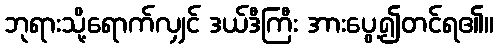
ဘုရားသို့ရောက်လျှင် ဒယ်ဒီကြီး အားပွေ့၍တင်ရ၏။